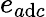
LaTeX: e_{a\mathrm{d}c}